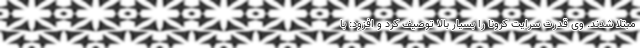
مبتلا شدند. وی قدرت سرایت کرونا را بسیار بالا توصیف کرد و افزود: با